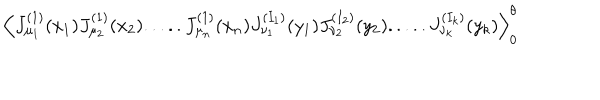
LaTeX: \Big \langle J _ { \mu _ { 1 } } ^ { ( 1 ) } ( x _ { 1 } ) J _ { \mu _ { 2 } } ^ { ( 1 ) } ( x _ { 2 } ) . . . . . J _ { \mu _ { n } } ^ { ( 1 ) } ( x _ { n } ) J _ { \nu _ { 1 } } ^ { ( I _ { 1 } ) } ( y _ { 1 } ) J _ { \nu _ { 2 } } ^ { ( I _ { 2 } ) } ( y _ { 2 } ) . . . . . J _ { \nu _ { k } } ^ { ( I _ { k } ) } ( y _ { k } ) \Big \rangle _ { 0 } ^ { \theta }